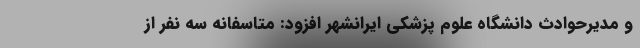
و مدیرحوادث دانشگاه علوم پزشکی ایرانشهر افزود: متاسفانه سه نفر از